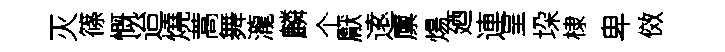
灭篠慨迨燒蒿舞瀧麟个厭逺廪煬廼連呈垜棣卑傚